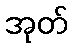
အုတ်